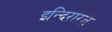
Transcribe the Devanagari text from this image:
इन्दिरारत्न